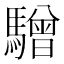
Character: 驓